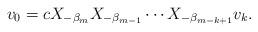
LaTeX: \begin{align*} v_0 = c X_{- \beta _m } X_{- \beta _{m-1}} \cdots X_{- \beta _{m-k+1}} v_k.\end{align*}